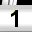
Digit: 1